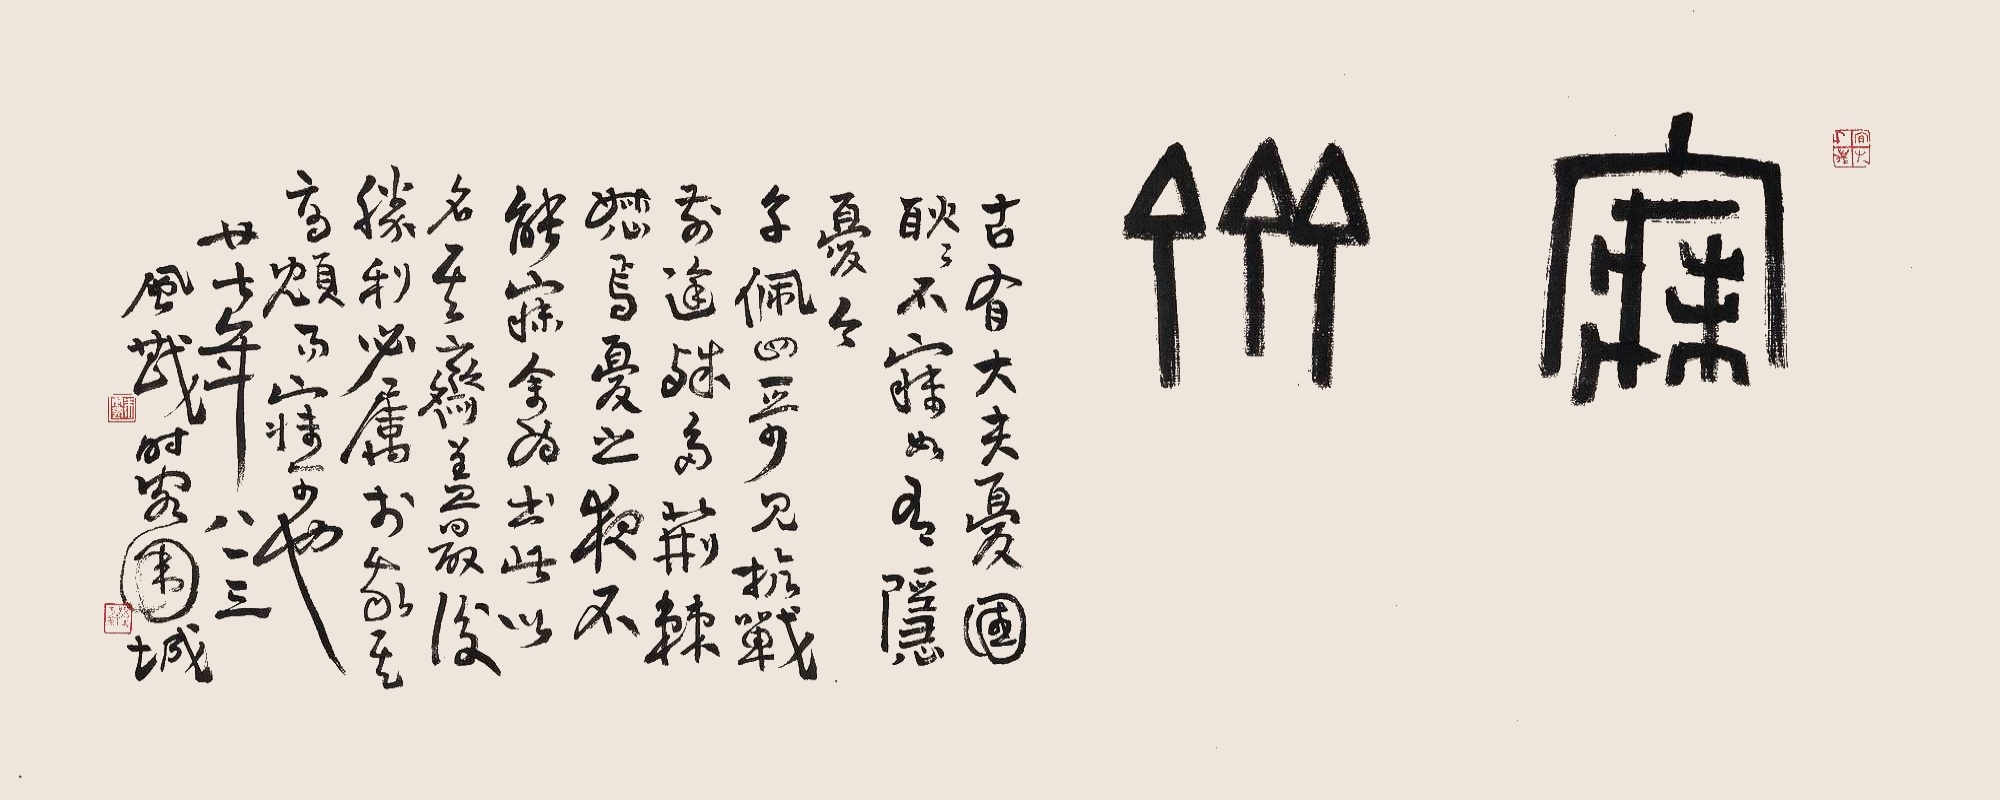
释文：寐斋。古有大夫忧国，耿耿不寐，如有隐忧。今子佩四哥见抗战前途殊多，荆棘恕焉。忧之夜不能寐，余为书此，以名其斋。盖最后胜利必属于我其高𫖫而寐少也。廿七年八一三，风戡时客围城。